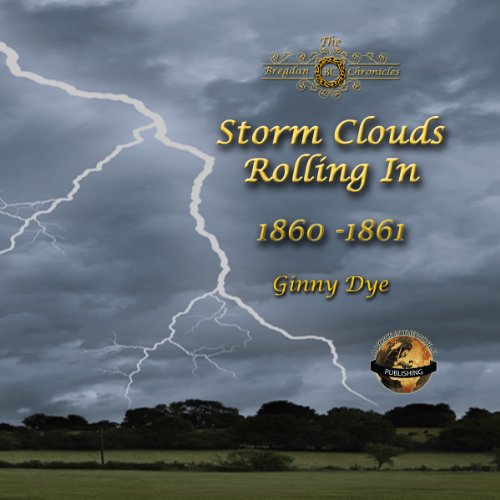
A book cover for Storm Clouds Rolling In; Ginny Dye; Literature & Fiction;